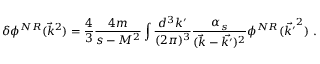
\delta \phi ^ { N R } ( \vec { k } ^ { 2 } ) = \frac { 4 } { 3 } \frac { 4 m } { s - M ^ { 2 } } \int \frac { d ^ { 3 } k ^ { \prime } } { ( 2 \pi ) ^ { 3 } } \frac { \alpha _ { s } } { ( \vec { k } - \vec { k ^ { \prime } } ) ^ { 2 } } \phi ^ { N R } ( \vec { k ^ { \prime } } ^ { 2 } ) \mathrm { ~ . }